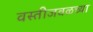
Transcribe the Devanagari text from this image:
वस्तीजवळच्या